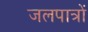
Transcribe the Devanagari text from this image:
जलपात्रों